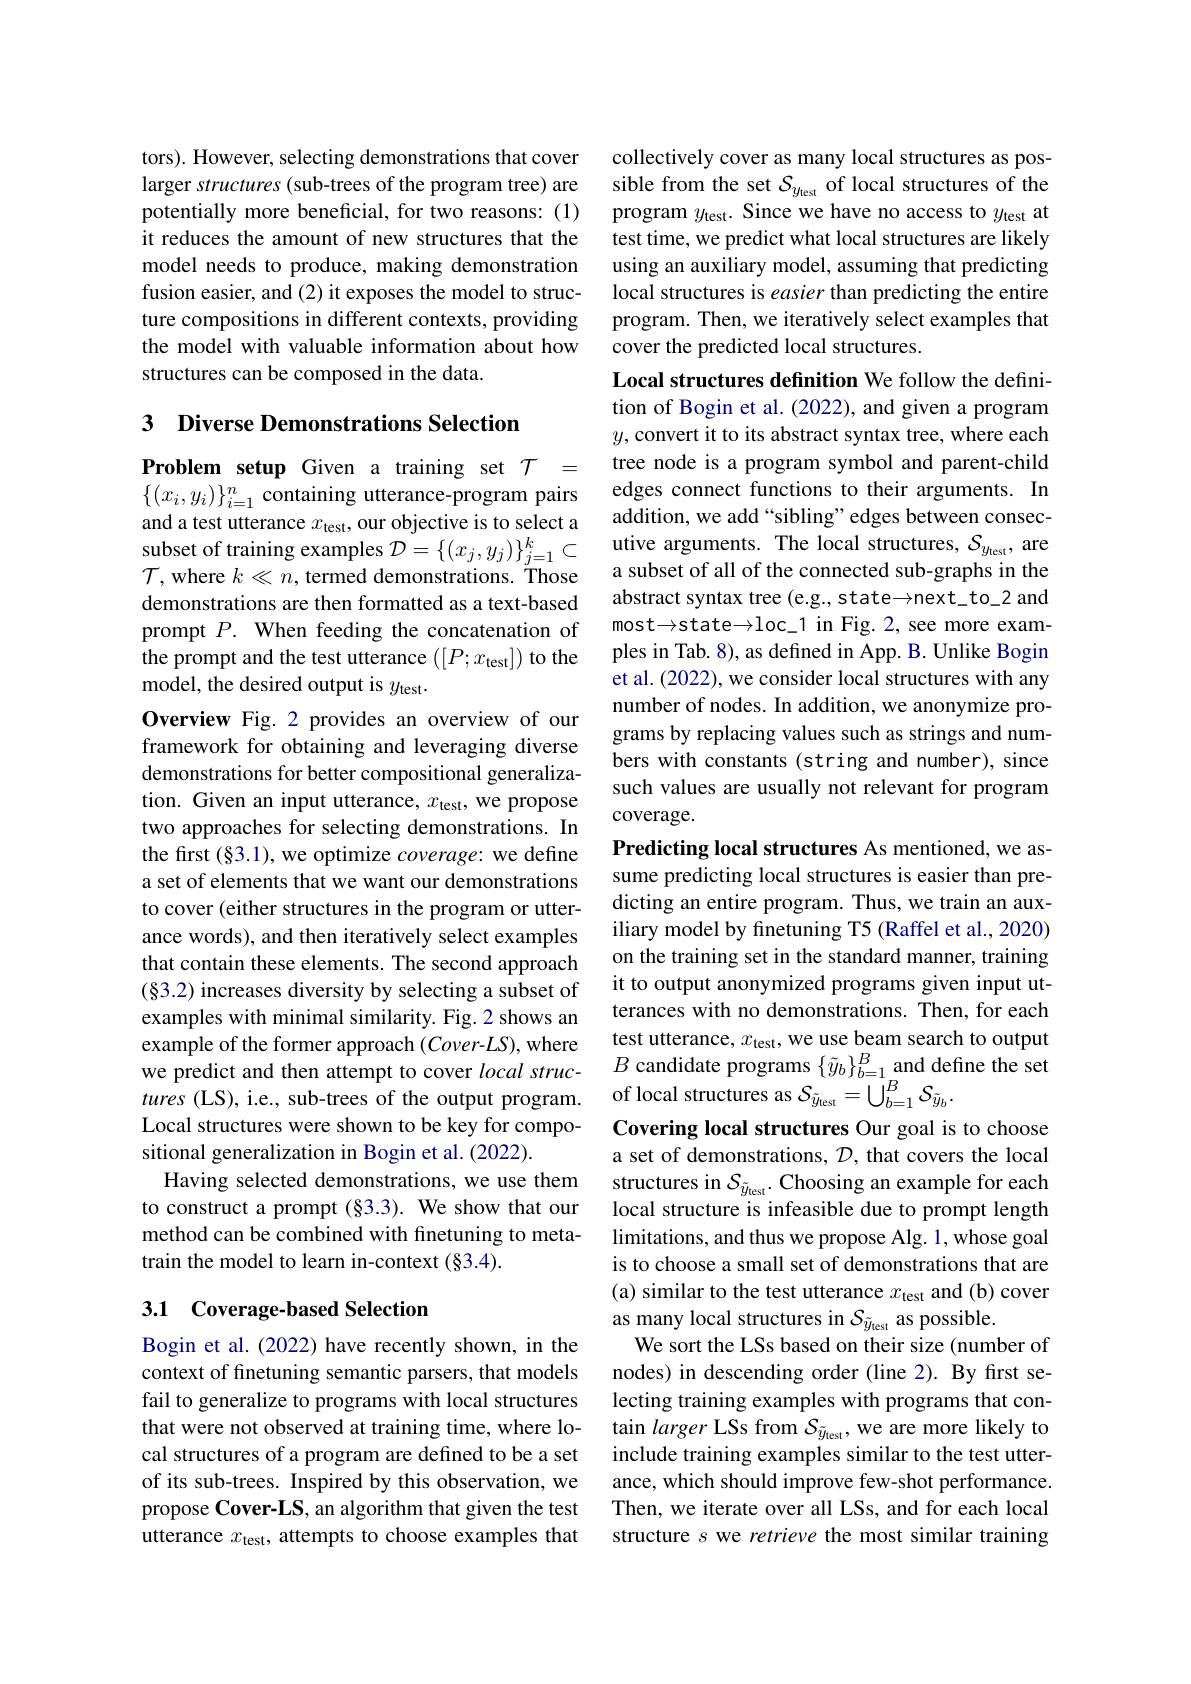
tors). However, selecting demonstrations that cover larger structures (sub-trees of the program tree) are potentially more beneficial, for two reasons: (1) it reduces the amount of new structures that the model needs to produce, making demonstration fusion easier, and (2) it exposes the model to structure compositions in different contexts, providing the model with valuable information about how structures can be composed in the data.

3 Diverse Demonstrations Selection

Problem setup Given a training set $\mathcal{T}=$ $\{(x_i,y_i)\}_{i=1}^n$ containing utterance-program pairs and a test utterance $x_\mathrm{test}$, our objective is to select a $\mathcal{T}$,where $k\ll n$,termed demonstrations. Those demonstrations are then formatted as a text-based prompt $P.$ When feeding the concatenation of the prompt and the test utterance $([P;x_{\mathrm{test}}])$ to the model, the desired output is $y_\mathrm{test}.$
Overview Fig.2 provides an overview of our framework for obtaining and leveraging diverse demonstrations for better compositional generalization. Given an input utterance, $x_\mathrm{test}$, we propose two approaches for selecting demonstrations. In the first (§3.1), we optimize coverage: we define a set of elements that we want our demonstrations to cover (either structures in the program or utterance words), and then iteratively select examples that contain these elements. The second approach (§3.2) increases diversity by selecting a subset of examples with minimal similarity. Fig. 2 shows an example of the former approach $(Cover-LS)$, where we predict and then attempt to cover local strucLocal structures were shown to be key for compositional generalization in Bogin et al. (2022).
method can be combined with finetuning to meta-
train the model to learn in-context (§3.4).

## 3.1 Coverage-based Selection

Bogin et al. (2022) have recently shown, in the context of finetuning semantic parsers, that models fail to generalize to programs with local structures that were not observed at training time, where local structures of a program are defined to be a set of its sub-trees. Inspired by this observation, we propose Cover-LS, an algorithm that given the test utterance $x_\mathrm{test}$, attempts to choose examples that

collectively cover as many local structures as possible from the set $\mathcal{S}_{y_{\mathrm{test}}}$ of local structures of the program $y_\mathrm{test}.$ Since we have no access to $y_\mathrm{test}$ at test time, we predict what local structures are likely using an auxiliary model, assuming that predicting local structures is easier than predicting the entire program. Then, we iteratively select examples that cover the predicted local structures.

Local structures definition We follow the definition of Bogin et al. (2022), and given a program $y$,convert it to its abstract syntax tree, where each tree node is a program symbol and parent-child edges connect functions to their arguments. In addition, we add “sibling”edges between consec-
subset of training examples $\mathcal{D} = \{ ( x_j, y_j) \} _{j= 1}^k\subset$ utive arguments. The local structures, $\mathcal{S}_y_{t\text{est}}$, are
a subset of all of the connected sub-graphs in the abstract syntax tree (e.g., state~next~to~2 and most→state→loc_1 in Fig.2, see more examples in Tab. 8), as defined in App. B. Unlike Bogin et al. (2022), we consider local structures with any number of nodes. In addition, we anonymize programs by replacing values such as strings and numbers with constants (string and number), since such values are usually not relevant for program coverage.
Predicting local structures As mentioned, we assume predicting local structures is easier than predicting an entire program. Thus, we train an auxiliary model by fnetuning T5 (Raffel et al., 2020) on the training set in the standard manner, training it to output anonymized programs given input utterances with no demonstrations. Then, for each test utterance, $x_\mathrm{test}$, we use beam search to output $B$ candidate programs $\{ \tilde{y} _b\} _{b= 1}^B$and define the set
$tures($LS), i.e., sub-trees of the output program. of local structures as $S_{\tilde{y}_{test}}=\bigcup_{b=1}^B\mathcal{S}_{\tilde{y}_{b}}.$
Covering local structures Our goal is to choose a set of demonstrations, $\mathcal{D}$, that covers the local
Having selected demonstrations, we use them structures in $S_{\tilde{y}_{\mathrm{test}}.}$ Choosing an example for each to construct a prompt (§3.3). We show that our local structure is infeasible due to prompt length
limitations, and thus we propose Alg. 1, whose goal is to choose a small set of demonstrations that are (a) similar to the test utterance $x_\mathrm{test}$ and (b) cover as many local structures in $\mathcal{S}_{\tilde{y}_{\mathrm{test}}}$ as possible.
We sort the LSs based on their size (number of nodes) in descending order (line 2). By first selecting training examples with programs that contain larger LSs from $\mathcal{S}_{\tilde{y}_{\mathrm{test}}}$, we are more likely to include training examples similar to the test utterance, which should improve few-shot performance. Then, we iterate over all LSs, and for each local structure $s$ we retrieve the most similar training